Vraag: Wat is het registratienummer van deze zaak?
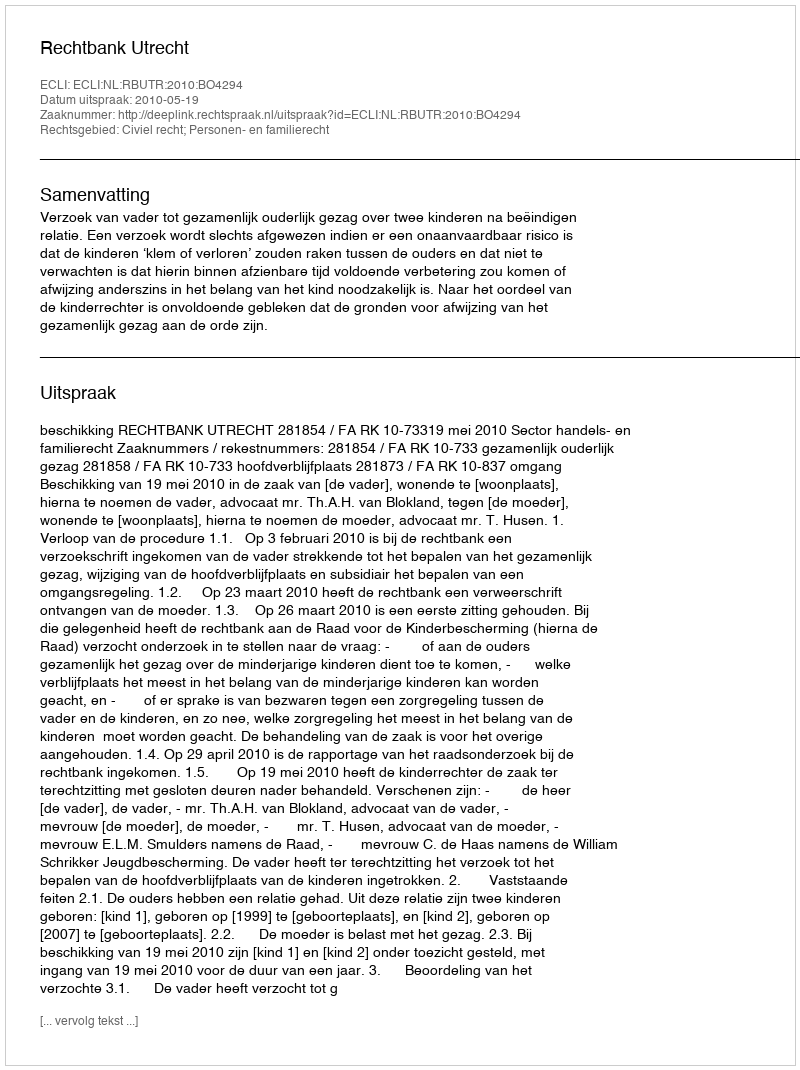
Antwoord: http://deeplink.rechtspraak.nl/uitspraak?id=ECLI:NL:RBUTR:2010:BO4294